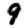
Digit: 9